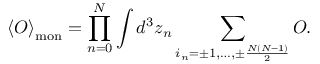
\left< { \cal O } \right> _ { \mathrm { m o n } } = \prod _ { n = 0 } ^ { \cal N } \int d ^ { 3 } z _ { n } \sum _ { i _ { n } = \pm 1 , \ldots , \pm \frac { N ( N - 1 ) } { 2 } } ^ { } { \cal O } .